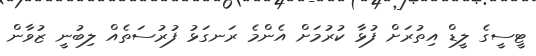
ޓީސީގެ ލީޑް އިތުރަށް ފުޅާ ކުރުމަށް އެންމެ ރަނގަޅު ފުރުސަތެއް ލިބުނީ ޒުވާން